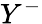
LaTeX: Y^{-}